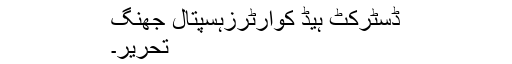
ڈسٹرکٹ ہیڈ کوارٹرزہسپتال جھنگ
تحریر۔